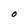
Character: O